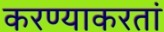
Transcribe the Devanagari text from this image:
करण्याकरतां